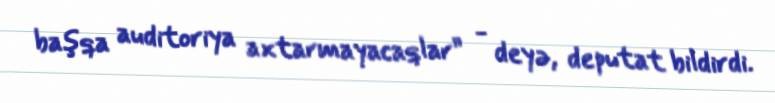
başqa auditoriya axtarmayacaqlar” - deyə, deputat bildirdi.